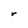
Character: r